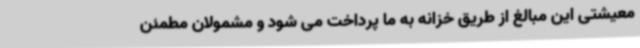
معیشتی این مبالغ از طریق خزانه به ما پرداخت می شود و مشمولان مطمئن